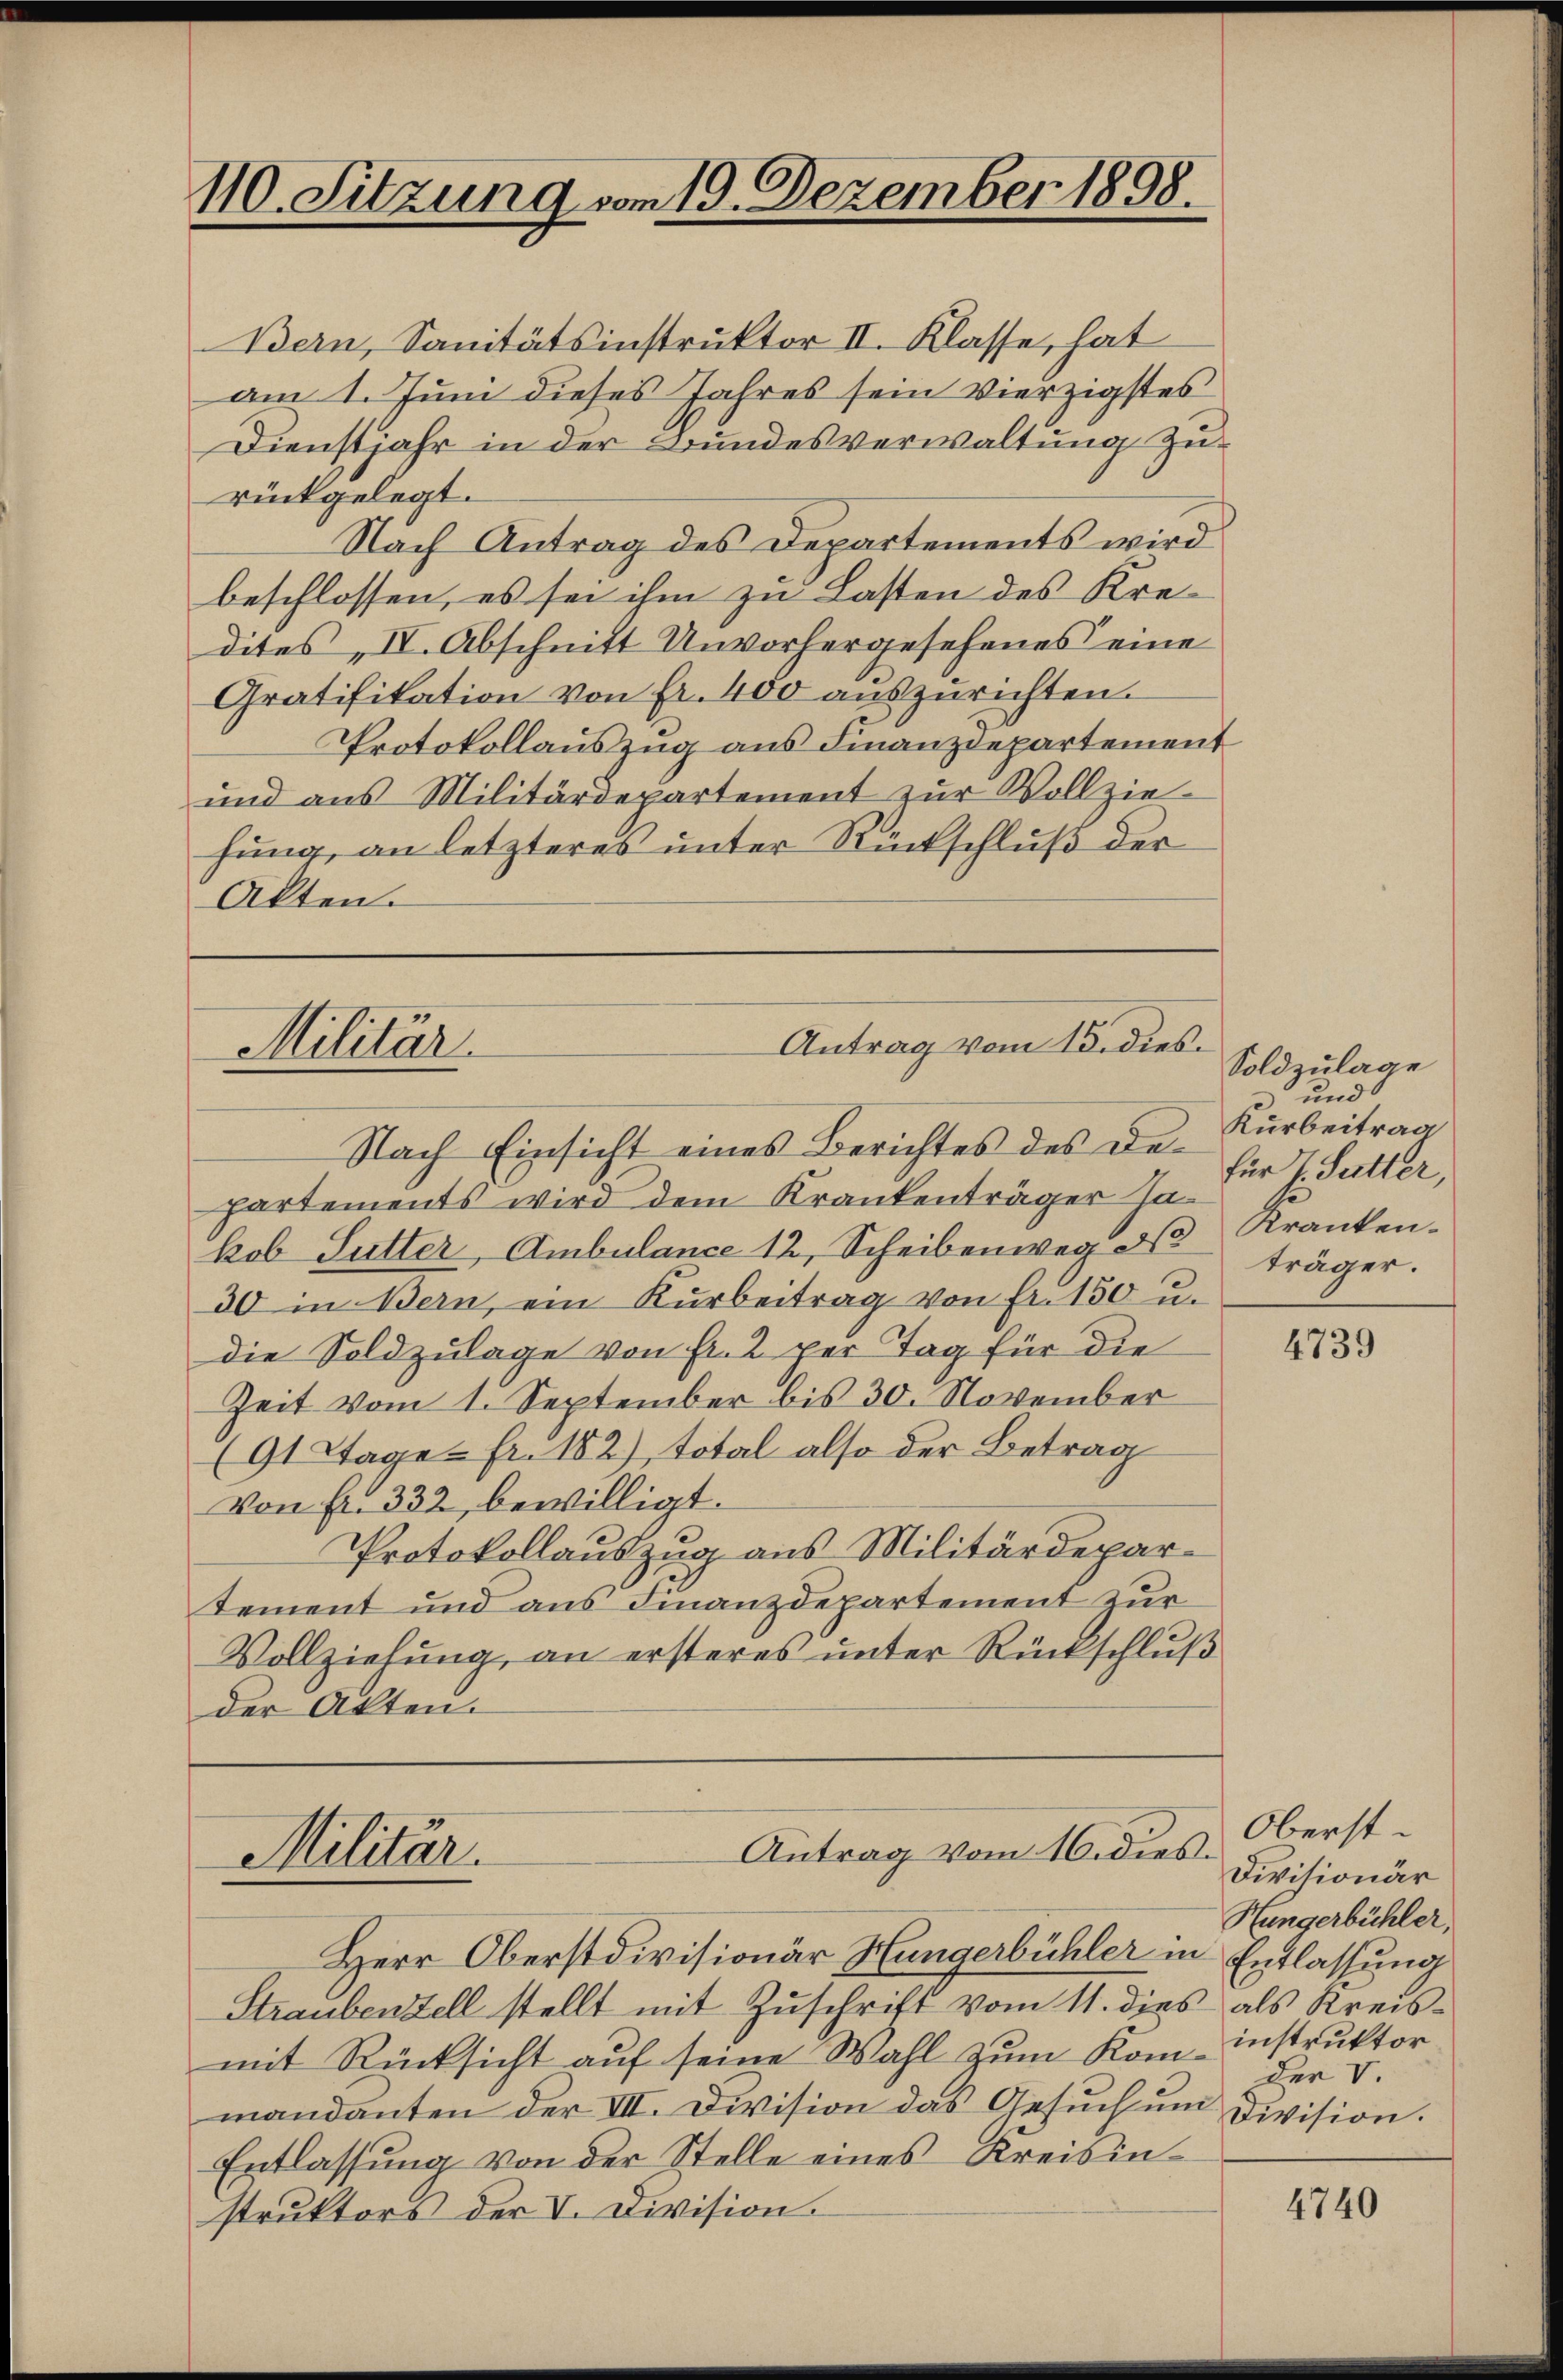
110. Sitzung vom 19. Dezember 1898.

Antrag vom 15. dies¬
Militär

Militär.

Bern, Sanitätsinstruktor II. Klasse, hat
am 1. Juni dieses Jahres sein vierzigstes
Dienstjahr in der Bundesverwaltung zur
rückgelegt.
Nach Antrag des Departements wird
beschlossen, es sei ihm zu Lasten des Kredites IV. Abschnitt Unvorhergesehenes eine
Gratifikation von fr. 400 auszurichten.
Protokollauszug aus Finanzdepartement
und aus Militärdepartement zur Vollziehung, an letzteres unter Rückschluß der
Akten.

Antrag vom 16. dies¬

Nach Einsicht eines Berichtes des De¬
Partements wird dem Krankenträger Jakob Sutter, Ambulance 12, Scheibenweg No
30 in Bern, ein Kurbeitrag von fr. 150 u.
die Soldzulage von Fr. 2 per Tag für die
Zeit vom 1. September bis 30. November
(91 Tage - Fr. 182), total also der Betrag
Von fr. 332, bewilligt.
Protokollauszug aus Militärdepartement und aus Finanzdepartement zur
Vollziehung, an ersteres unter Rückschluß
der Akten.

Herr Oberstdivisionär Hungerbühler in Entlassung
Straubenzell stellt mit Zŭschrift vom 11. dies als Kreis-
mit Rücksicht auf seine Wahl zum Kom-instruktor
mandanten der VII. Division das Gesuch um Division.
Entlassung von der Stelle eines Kreisinstruktors der V. Division.

Soldzulage
3 und
Kurbeitrag
für J. Sutter,
Kranken.
träger.

4739

Oberst¬
Divisionär
Hungerbühler,
Der V

4740